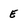
Character: E